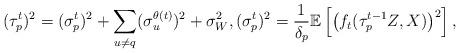
LaTeX: \begin{align*}(\tau_p^t)^2 = (\sigma_p^t)^2 + \sum_{u\neq q} (\sigma_u^{\theta(t)})^2 + \sigma_W^2,(\sigma_p^t)^2 = \frac{1}{\delta_p}\mathbb{E}\left[\left(f_t(\tau_p^{t-1}Z,X)\right)^2 \right],\end{align*}